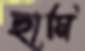
ছামি